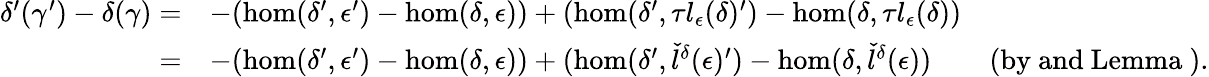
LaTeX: \begin{array}{rlr}{\delta^{\prime}({\gamma}^{\prime})-\delta({\gamma})=}&{-(\hom(\delta^{\prime},{\epsilon}^{\prime})-\hom(\delta,{\epsilon}))+(\hom(\delta^{\prime},\tau l_{\epsilon}(\delta)^{\prime})-\hom(\delta,\tau l_{\epsilon}(\delta))}&\\ {=}&{-(\hom(\delta^{\prime},{\epsilon}^{\prime})-\hom(\delta,{\epsilon}))+(\hom(\delta^{\prime},{\check{l}}^{\delta}({\epsilon})^{\prime})-\hom(\delta,{\check{l}}^{\delta}({\epsilon}))}&{\mathrm{(by~and~Lemma~).}}\end{array}